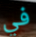
في